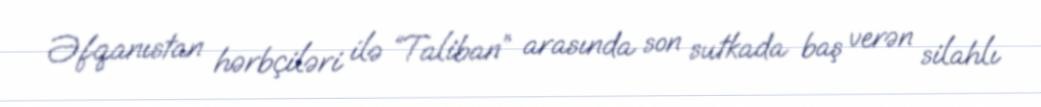
Əfqanıstan hərbçiləri ilə “Taliban” arasında son sutkada baş verən silahlı